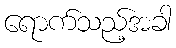
ရောက်သည့်အခါ